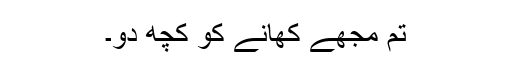
تم مجھے کھانے کو کچھ دو۔